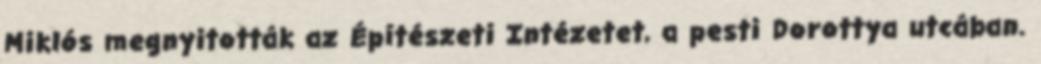
Miklós megnyitották az Építészeti Intézetet, a pesti Dorottya utcában.